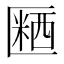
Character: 𪟱